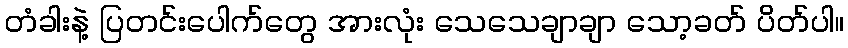
တံခါးနဲ့ ပြတင်းပေါက်တွေ အားလုံး သေသေချာချာ သော့ခတ် ပိတ်ပါ။